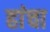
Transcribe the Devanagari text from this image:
हांचा